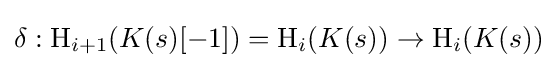
\delta :\operatorname {H} _{i+1}(K(s)[-1])=\operatorname {H} _{i}(K(s))\to \operatorname {H} _{i}(K(s))